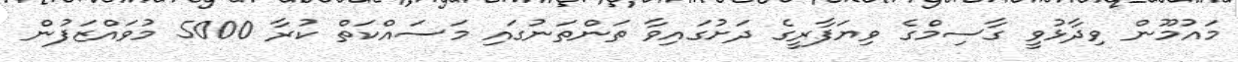
މައުމޫން ވިދާޅުވީ ގާސިމްގެ ވިޔަފާރީގެ ދަށުގައިވާ ތަންތަނުގައި މަސައްކަތް ކުރާ 5000 މުވައްޒަފުން